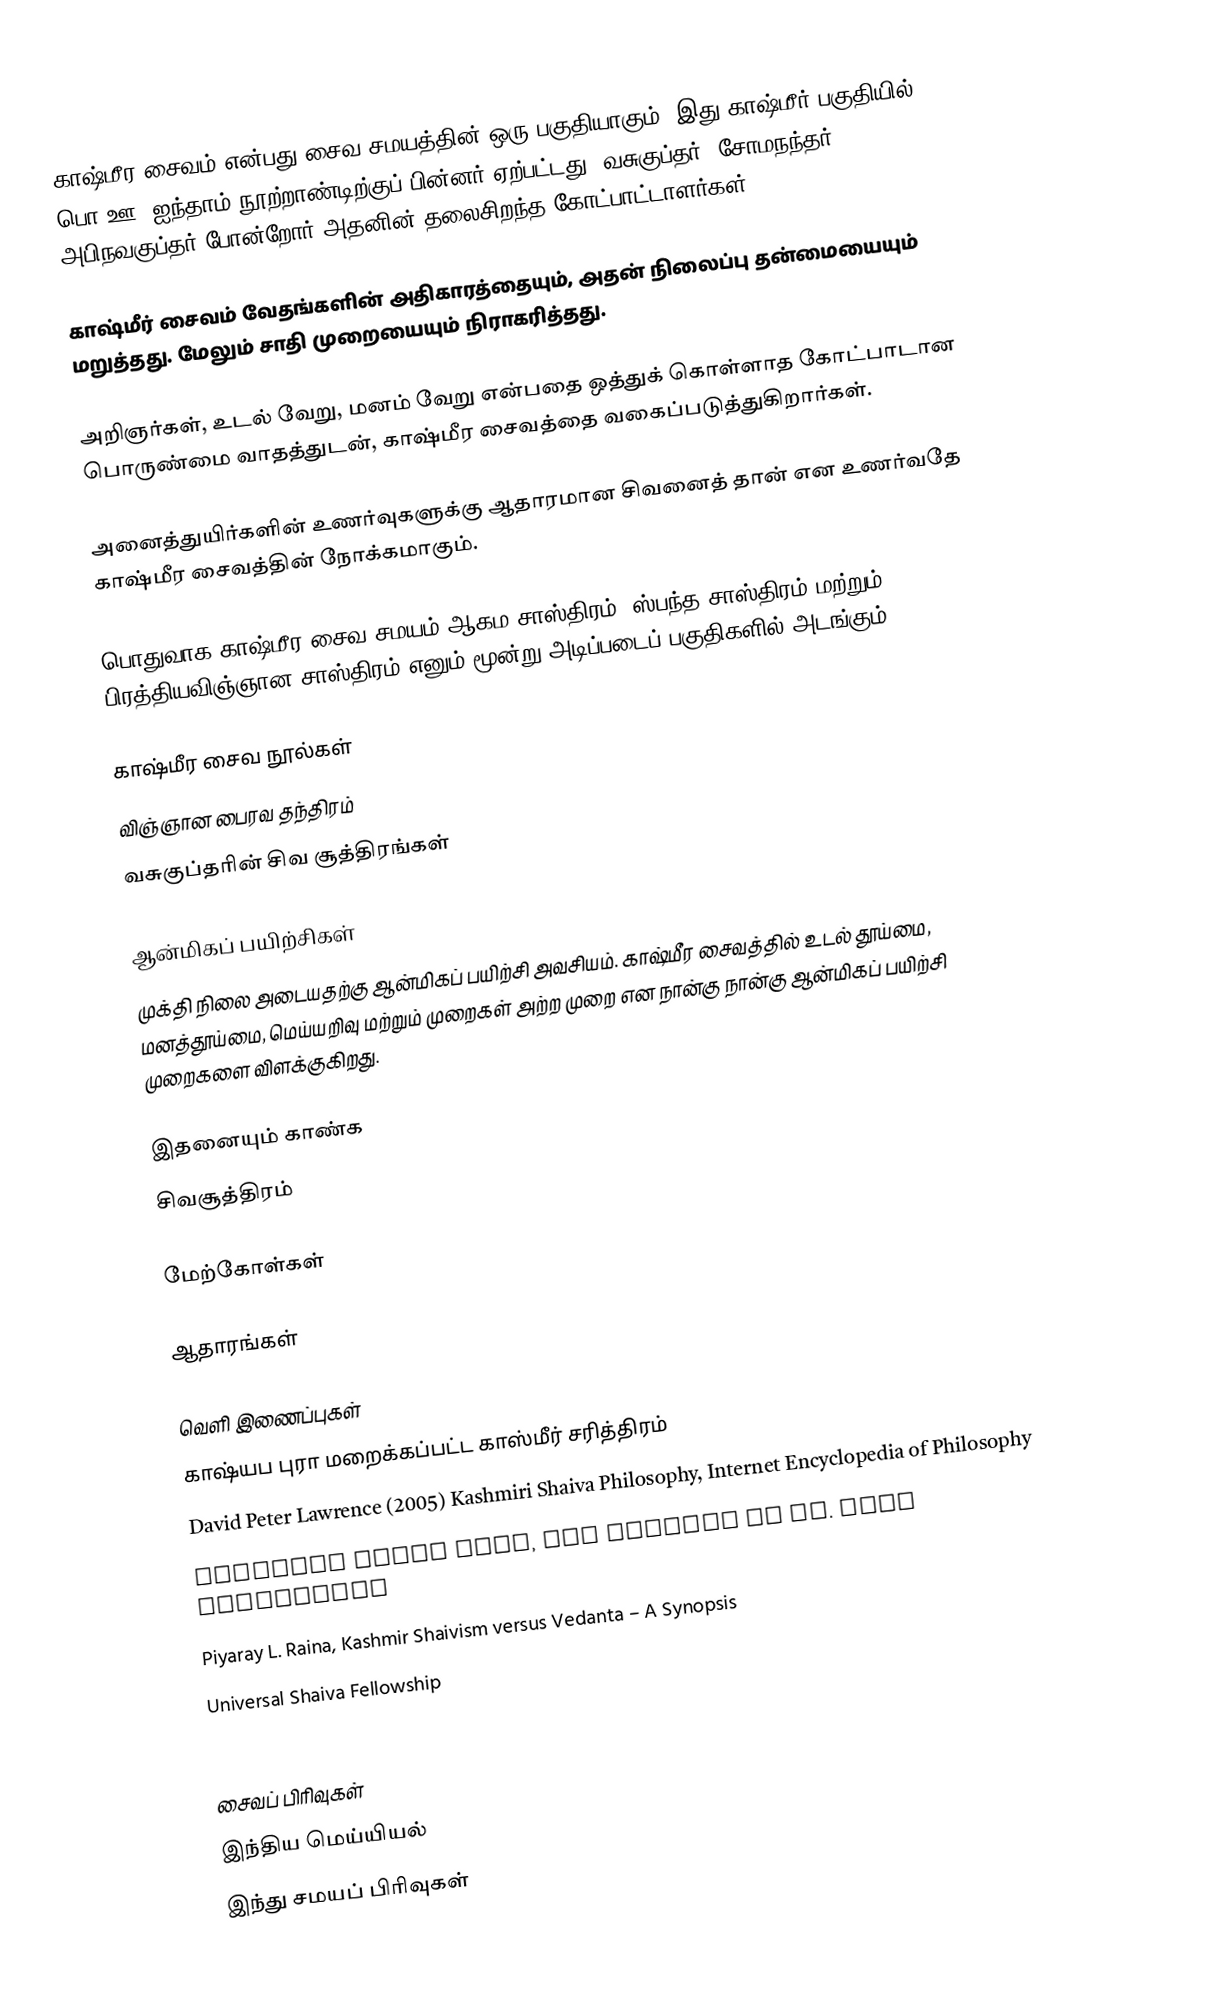
காஷ்மீர சைவம் என்பது சைவ சமயத்தின் ஒரு பகுதியாகும். இது காஷ்மீர் பகுதியில் பொ.ஊ. ஐந்தாம் நூற்றாண்டிற்குப் பின்னர் ஏற்பட்டது. வசுகுப்தர், சோமநந்தர், அபிநவகுப்தர் போன்றோர் அதனின் தலைசிறந்த கோட்பாட்டாளர்கள்.

காஷ்மீர் சைவம் வேதங்களின் அதிகாரத்தையும், அதன் நிலைப்பு தன்மையையும் மறுத்தது. மேலும் சாதி முறையையும் நிராகரித்தது.

அறிஞர்கள், உடல் வேறு, மனம் வேறு என்பதை ஒத்துக் கொள்ளாத கோட்பாடான பொருண்மை வாதத்துடன், காஷ்மீர சைவத்தை வகைப்படுத்துகிறார்கள்.

அனைத்துயிர்களின் உணர்வுகளுக்கு ஆதாரமான சிவனைத் தான் என உணர்வதே காஷ்மீர சைவத்தின் நோக்கமாகும்.

பொதுவாக காஷ்மீர சைவ சமயம் ஆகம சாஸ்திரம், ஸ்பந்த சாஸ்திரம் மற்றும் பிரத்தியவிஞ்ஞான சாஸ்திரம் எனும் மூன்று அடிப்படைப் பகுதிகளில் அடங்கும்.

காஷ்மீர சைவ நூல்கள்
 விஞ்ஞான பைரவ தந்திரம்
 வசுகுப்தரின் சிவ சூத்திரங்கள்

ஆன்மிகப் பயிற்சிகள்
முக்தி நிலை அடையதற்கு ஆன்மிகப் பயிற்சி அவசியம். காஷ்மீர சைவத்தில் உடல் தூய்மை, மனத்தூய்மை, மெய்யறிவு மற்றும்  முறைகள் அற்ற முறை   என நான்கு  நான்கு ஆன்மிகப் பயிற்சி முறைகளை விளக்குகிறது.

இதனையும் காண்க
 சிவசூத்திரம்

மேற்கோள்கள்

ஆதாரங்கள்

வெளி இணைப்புகள்
 காஷ்யப புரா மறைக்கப்பட்ட காஸ்மீர் சரித்திரம்
 David Peter Lawrence (2005) Kashmiri Shaiva Philosophy, Internet Encyclopedia of Philosophy
 Anuttara Trika Kula, the website of Dr. Mark Dyczkowski
 Piyaray L. Raina, Kashmir Shaivism versus Vedanta – A Synopsis
 Universal Shaiva Fellowship
 Lakshmanjoo Academy

சைவப் பிரிவுகள்
இந்திய மெய்யியல்
இந்து சமயப் பிரிவுகள்